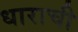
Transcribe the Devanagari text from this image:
धाराची